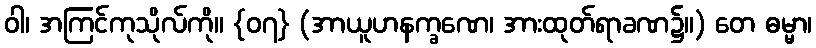
ဝါ၊ အကြင်ကုသိုလ်ကို။ {၀၇} (အာယူဟနက္ခဏေ၊ အားထုတ်ရာခဏ၌။) တေ ဓမ္မာ၊